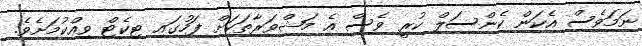
ނަމަވެސް އެކަން ކެންސަލް ކުރީ ވެސް އެ މަޝްވަރާތަކަށް ފަހުގައި ޓިކެޓް ވިއްކުމަށެވެ.